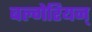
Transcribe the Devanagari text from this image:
बल्गेरियन्